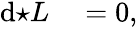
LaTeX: \begin{array}{rl}{\mathrm{d}{\star L}}&{{}=0,}\end{array}